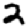
Digit: 2